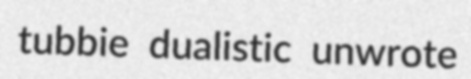
tubbie dualistic unwrote